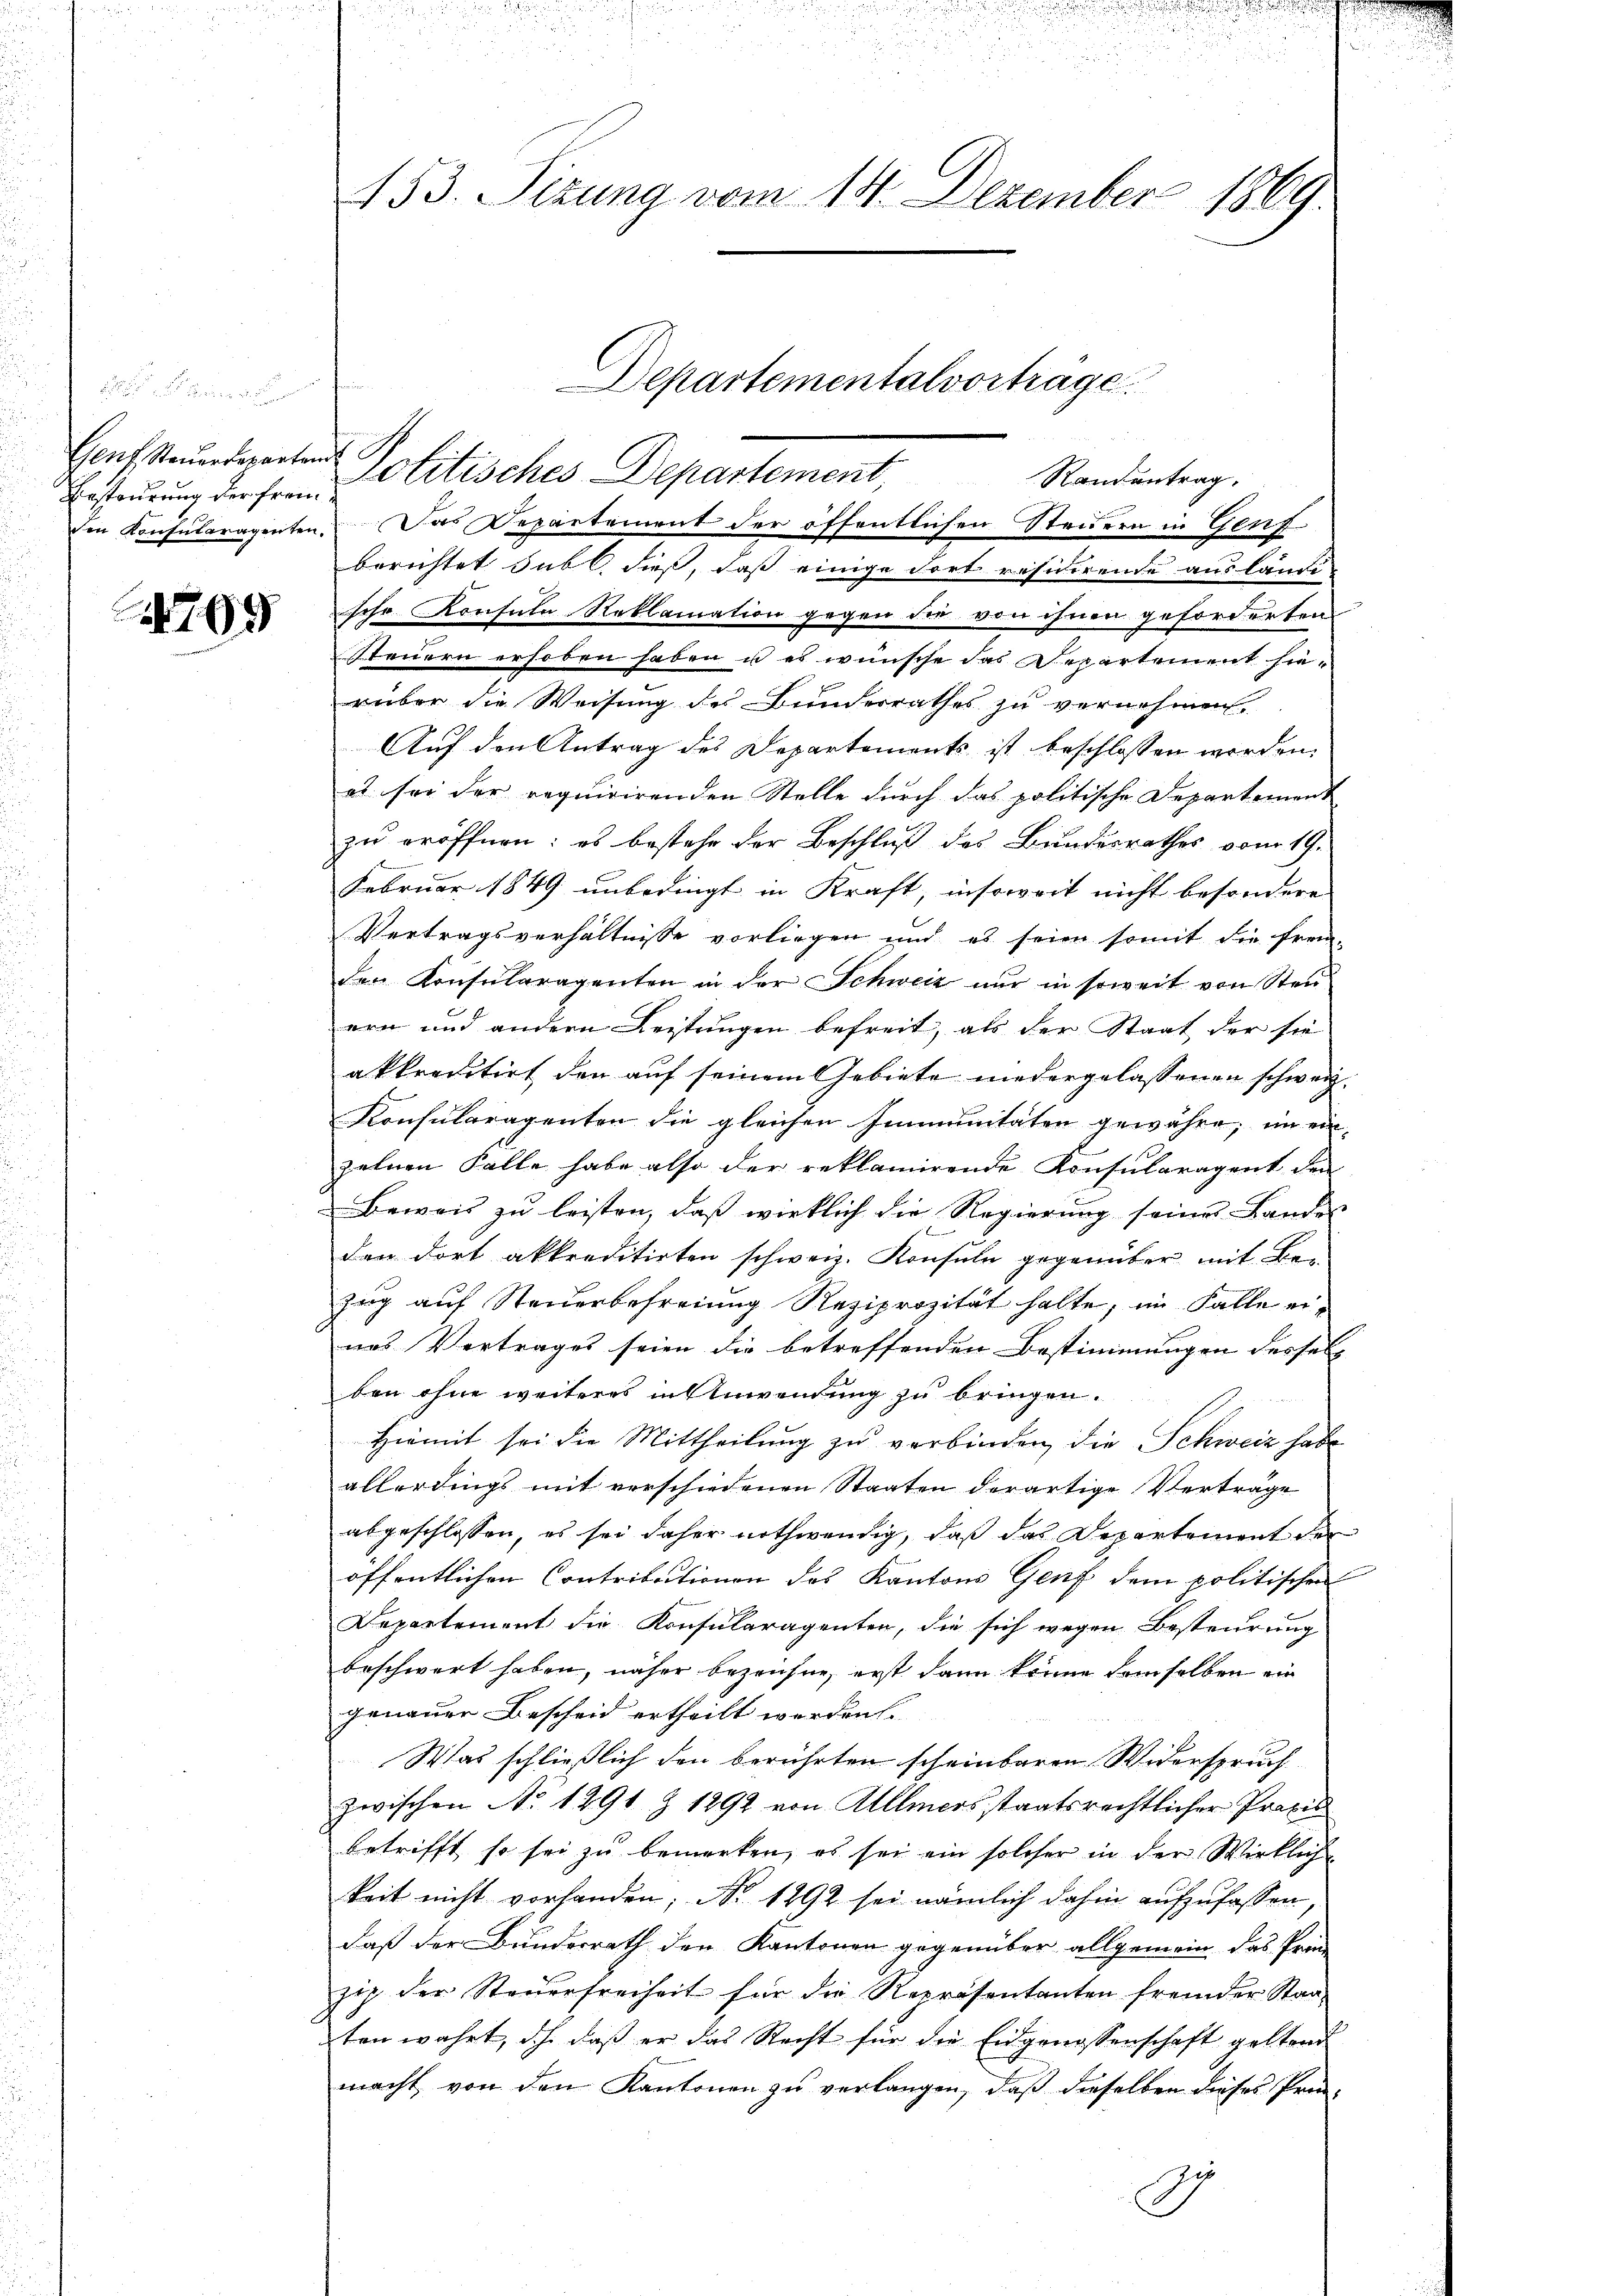
Genf Steuerdeparten
Ersteurung der frem
den Konsularagenten.

799

153. Seizung vom 14. Dezember 1869.

Politisches Departement,
Randentrag.
Das Departement der öffentlichen Steuern in Genf
berichtet subt dieß, daß einige dort reficirende ausländi
sche Konsula Reklamation gegen die von ihnen geforderten
Steuern erhoben haben u es wünsche das Repartement sierüber die Weisung des Bunderrathes zu vernehmen
Auf den Antrag des Departements ist beschlossen werden.
et sei der requirirenden Stelle durch das politische Departement
zu eröffnen: es bestehe der Beschluß des Bundesrathes vom 19.
Februar 1849 unbedingt in Kraft, insoweit nicht besondere
Vertragsverhältnisse vorliegen und es seien somit die fremder Konsularagenten in der Schweiz nur in soweit von Steu
ern und andern Leistungen befreit, als der Staat der sie
akkreditirt den auf seinem Gebiete niedergelassenen schweiz.
Konsularagenten die gleichen Immunitäten gewähre, im ein-
zelnen Falle habe also der reklamirende Konsularagent den
Beweis zu leisten, daß wirklich die Regierung seines Landes
den dort akkreditirten schweiz. Konsuln gegenüber mit Bei
Zug auf Steuerbefreiung Reziprozität halte, im Falle eines Vertrages seien die betreffenden Bestimmungen desselb
ben ohne weiteres in Anwendung zu bringen.
Hiemit sei die Mittheilung zu verbinden, die Schweiz habe
allerdings mit verschiedenen Staaten derartige Verträge
abgeschlossen, es sei daher nothwendig, daß das Departement der
öffentlichen Contributionen des Kantons Genf dem politischen
Departement die Konsularagenten, die sich wegen Besteurung
beschwert haben, näher bezeichne, erst dann könne demselben ein
genauer Bescheid ertheilt werden.
Was schließlich den berührten scheinbaren Widerspruch
zwischen No 1291 Z 1292 von Allmers staatsrechtlicher Praxis
betrifft, so sei zu bemerken, es sei ein solcher in der Wirklich-
keit nicht vorhanden; No 1292 sei nämlich dahin aufzufassen,
daß der Bundesrath den Kantonen gegenüber allgemein das Prin-
zip der Steuerfreiheit für die Repräsentanten fremder Staaten wahrt, dch daß er das Recht für die Eidgenossenschaft geltend
macht, von den Kantonen zu verlangen, daß dieselben dieses Prin¬

Departementalvorträge.